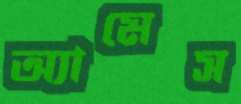
অ্যামেস